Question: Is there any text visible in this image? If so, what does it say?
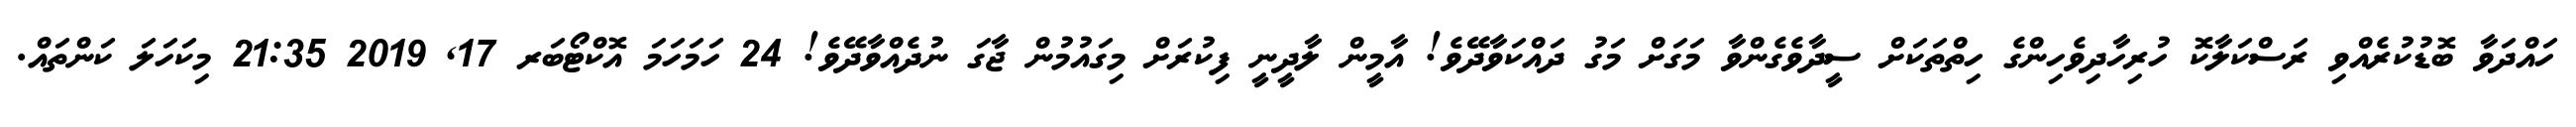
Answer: ހައްދަވާ ބޮޑުކުރެއްވި ރަސްކަލާކޮ ހުރިހާދިވެހިންގެ ހިތްތަކަށް ސީދާވެގެންވާ މަގަށް މަގު ދައްކަވާދޭވެ! އާމީން ލާދީނީ ފިކުރަށް މިގައުމުން ޖާގަ ނުދެއްވާދޭވެ! 24 ހަމަހަމަ އޮކްޓޯބަރ 17, 2019 21:35 މިކަހަލަ ކަންތައް.